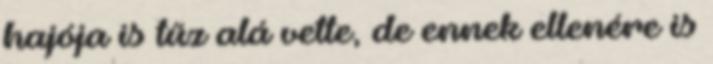
hajója is tűz alá vette, de ennek ellenére is